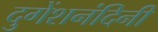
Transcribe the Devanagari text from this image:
दुगेंशनंदिनी